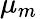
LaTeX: \mu_{m}\,